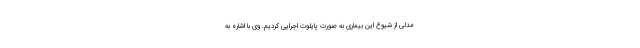
مدلی از شیوع این بیماری به صورت پایلوت اجرایی کردیم. وی با اشاره به